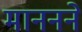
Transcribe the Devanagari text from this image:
माननने